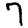
Digit: 7